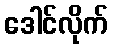
ဒေါင်လိုက်